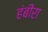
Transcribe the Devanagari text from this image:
हंबीरा